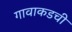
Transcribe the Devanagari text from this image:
गावाकडची